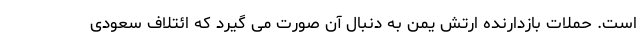
است. حملات بازدارنده ارتش یمن به دنبال آن صورت می گیرد که ائتلاف سعودی